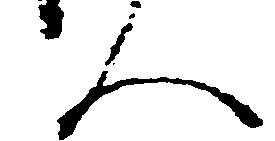
ん